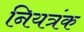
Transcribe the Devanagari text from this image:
नियत्रंक